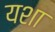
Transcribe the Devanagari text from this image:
यशा